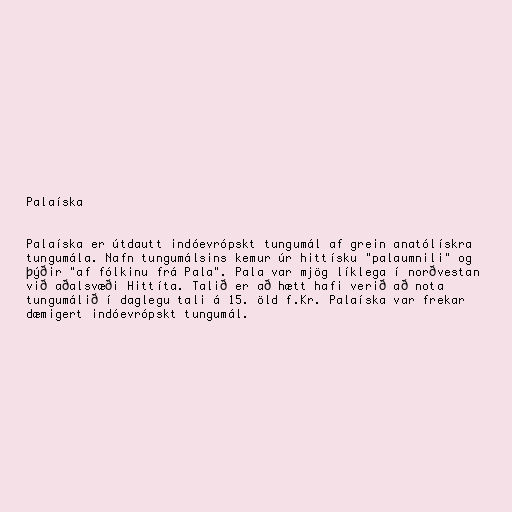
Palaíska

Palaíska er útdautt indóevrópskt tungumál af grein anatólískra
tungumála. Nafn tungumálsins kemur úr hittísku "palaumnili" og
þýðir "af fólkinu frá Pala". Pala var mjög líklega í norðvestan
við aðalsvæði Hittíta. Talið er að hætt hafi verið að nota
tungumálið í daglegu tali á 15. öld f.Kr. Palaíska var frekar
dæmigert indóevrópskt tungumál.